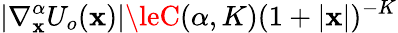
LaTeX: |\nabla_{\mathbf{x}}^{\alpha}U_{o}(\mathbf{x})|\leC(\alpha,K)(1+|\mathbf{x}|)^{-K}